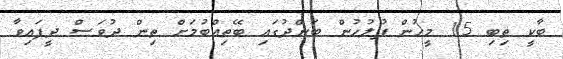
ބާކީ ތިބި 15 މީހުން ފުލުހުން ބަންދުގައި ބޭތިއްބުމަށް ތިން ދުވަސް ދީފައިވާ